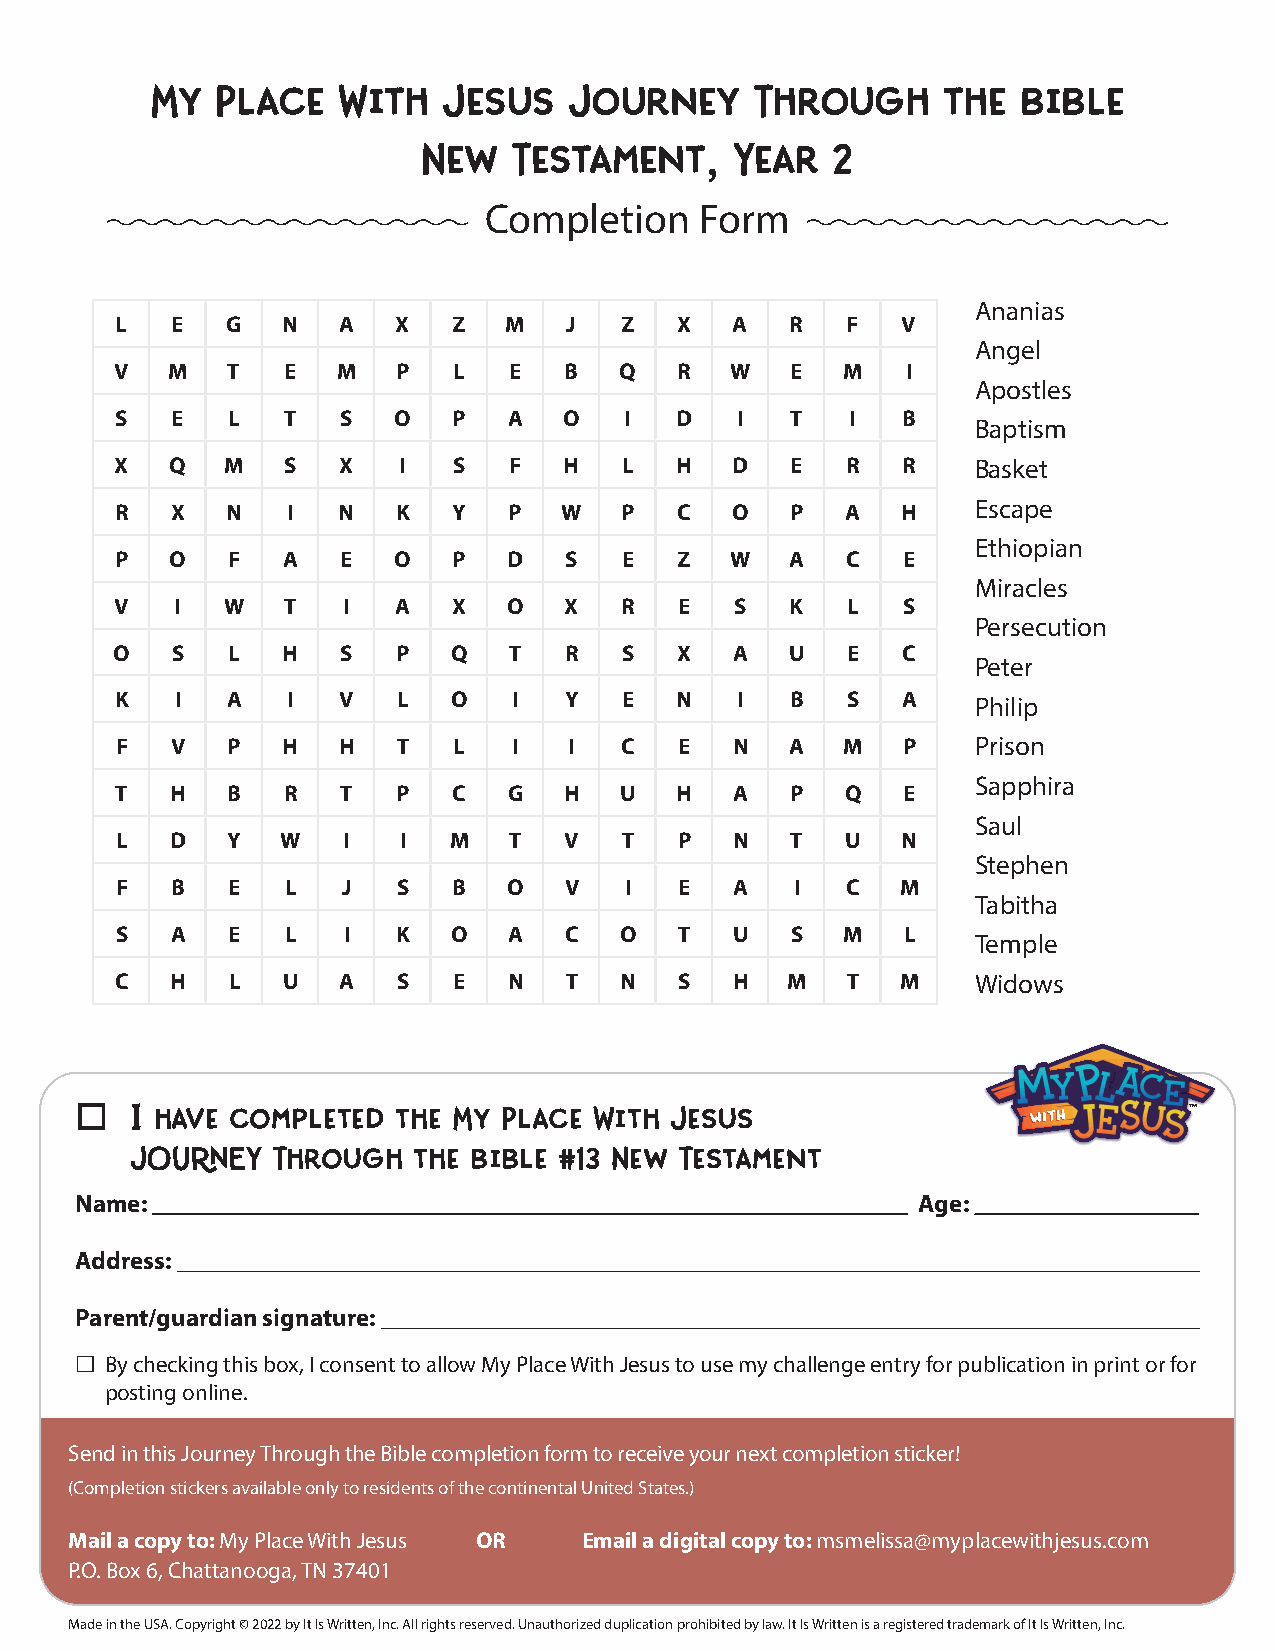
My  Place   WIth   Jesus    Journey     Through     the   bIble
 New   Testament,     Year  2
 Completion    Form
 Ananias
 L  E   G   N  A   X   Z  M    J  Z   X  A   R   F   V
 Angel
 V  M   T   E  M   P   L   E  B   Q   R  W   E   M   I
 Apostles
 S  E   L   T   S  O   P   A  O   I   D   I  T   I   B
 Baptism
 X  Q   M   S  X   I   S   F  H   L   H  D   E   R   R    Basket
 R  X   N   I  N   K   Y   P  W   P   C  O   P   A   H    Escape
 Ethiopian
 P  O   F   A   E  O   P   D  S   E   Z  W   A   C   E
 Miracles
 V   I  W   T   I  A   X   O  X   R   E   S  K   L   S
 Persecution
 O  S   L   H   S  P   Q   T  R   S   X   A  U   E   C
 Peter
 K   I  A   I  V   L   O   I  Y   E   N   I  B   S   A    Philip
 F  V   P   H  H   T   L   I   I  C   E  N   A   M   P    Prison
 Sapphira
 T  H   B   R   T  P   C   G  H   U   H   A  P   Q   E
 Saul
 L  D   Y   W   I  I   M   T  V   T   P   N  T   U   N
 Stephen
 F  B   E   L   J  S   B   O  V   I   E   A   I  C   M
 Tabitha
 S  A   E   L   I  K   O   A  C   O   T   U  S   M   L
 Temple
 C  H   L   U  A   S   E   N  T   N   S   H  M   T   M    Widows
 o   I have completed the My Place WIth Jesus
 JOURNEY  Through  the bIble #13 New Testament
 AN IT IS WRITTEN MINISTRY
 Name:                                                   Age:
 Address:
 Parent/guardian signature:
 £ By checking this box, I consent to allow My Place With Jesus to use my challenge entry for publication in print or for
 posting online.
 Send in this Journey Through the Bible completion form to receive your next completion sticker!
 (Completion stickers available only to residents of the continental United States.)
 Mail a copy to: My Place With Jesus OR Email a digital copy to: msmelissa@myplacewithjesus.com
 P.O. Box 6, Chattanooga, TN 37401
 Made in the USA. Copyright © 2022 by It Is Written, Inc. All rights reserved. Unauthorized duplication prohibited by law. It Is Written is a registered trademark of It Is Written, Inc.